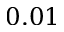
0 . 0 1